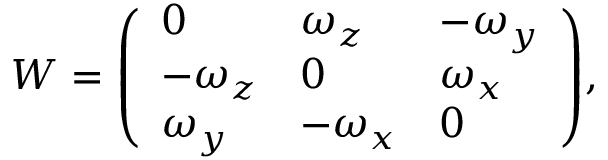
W = { \left( \begin{array} { l l l } { 0 } & { \omega _ { z } } & { - \omega _ { y } } \\ { - \omega _ { z } } & { 0 } & { \omega _ { x } } \\ { \omega _ { y } } & { - \omega _ { x } } & { 0 } \end{array} \right) } ,